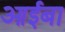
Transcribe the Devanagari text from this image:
आईबा